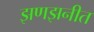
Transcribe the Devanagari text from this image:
झणझनीत